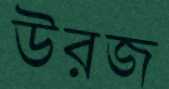
উরজ